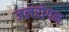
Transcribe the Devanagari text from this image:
जलरोगन